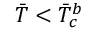
\Bar { T } < \Bar { T } _ { c } ^ { b }